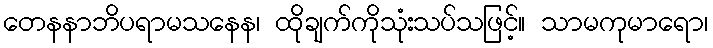
တေနနာဘိပရာမသနေန၊ ထိုချက်ကိုသုံးသပ်သဖြင့်။ သာမကုမာရော၊